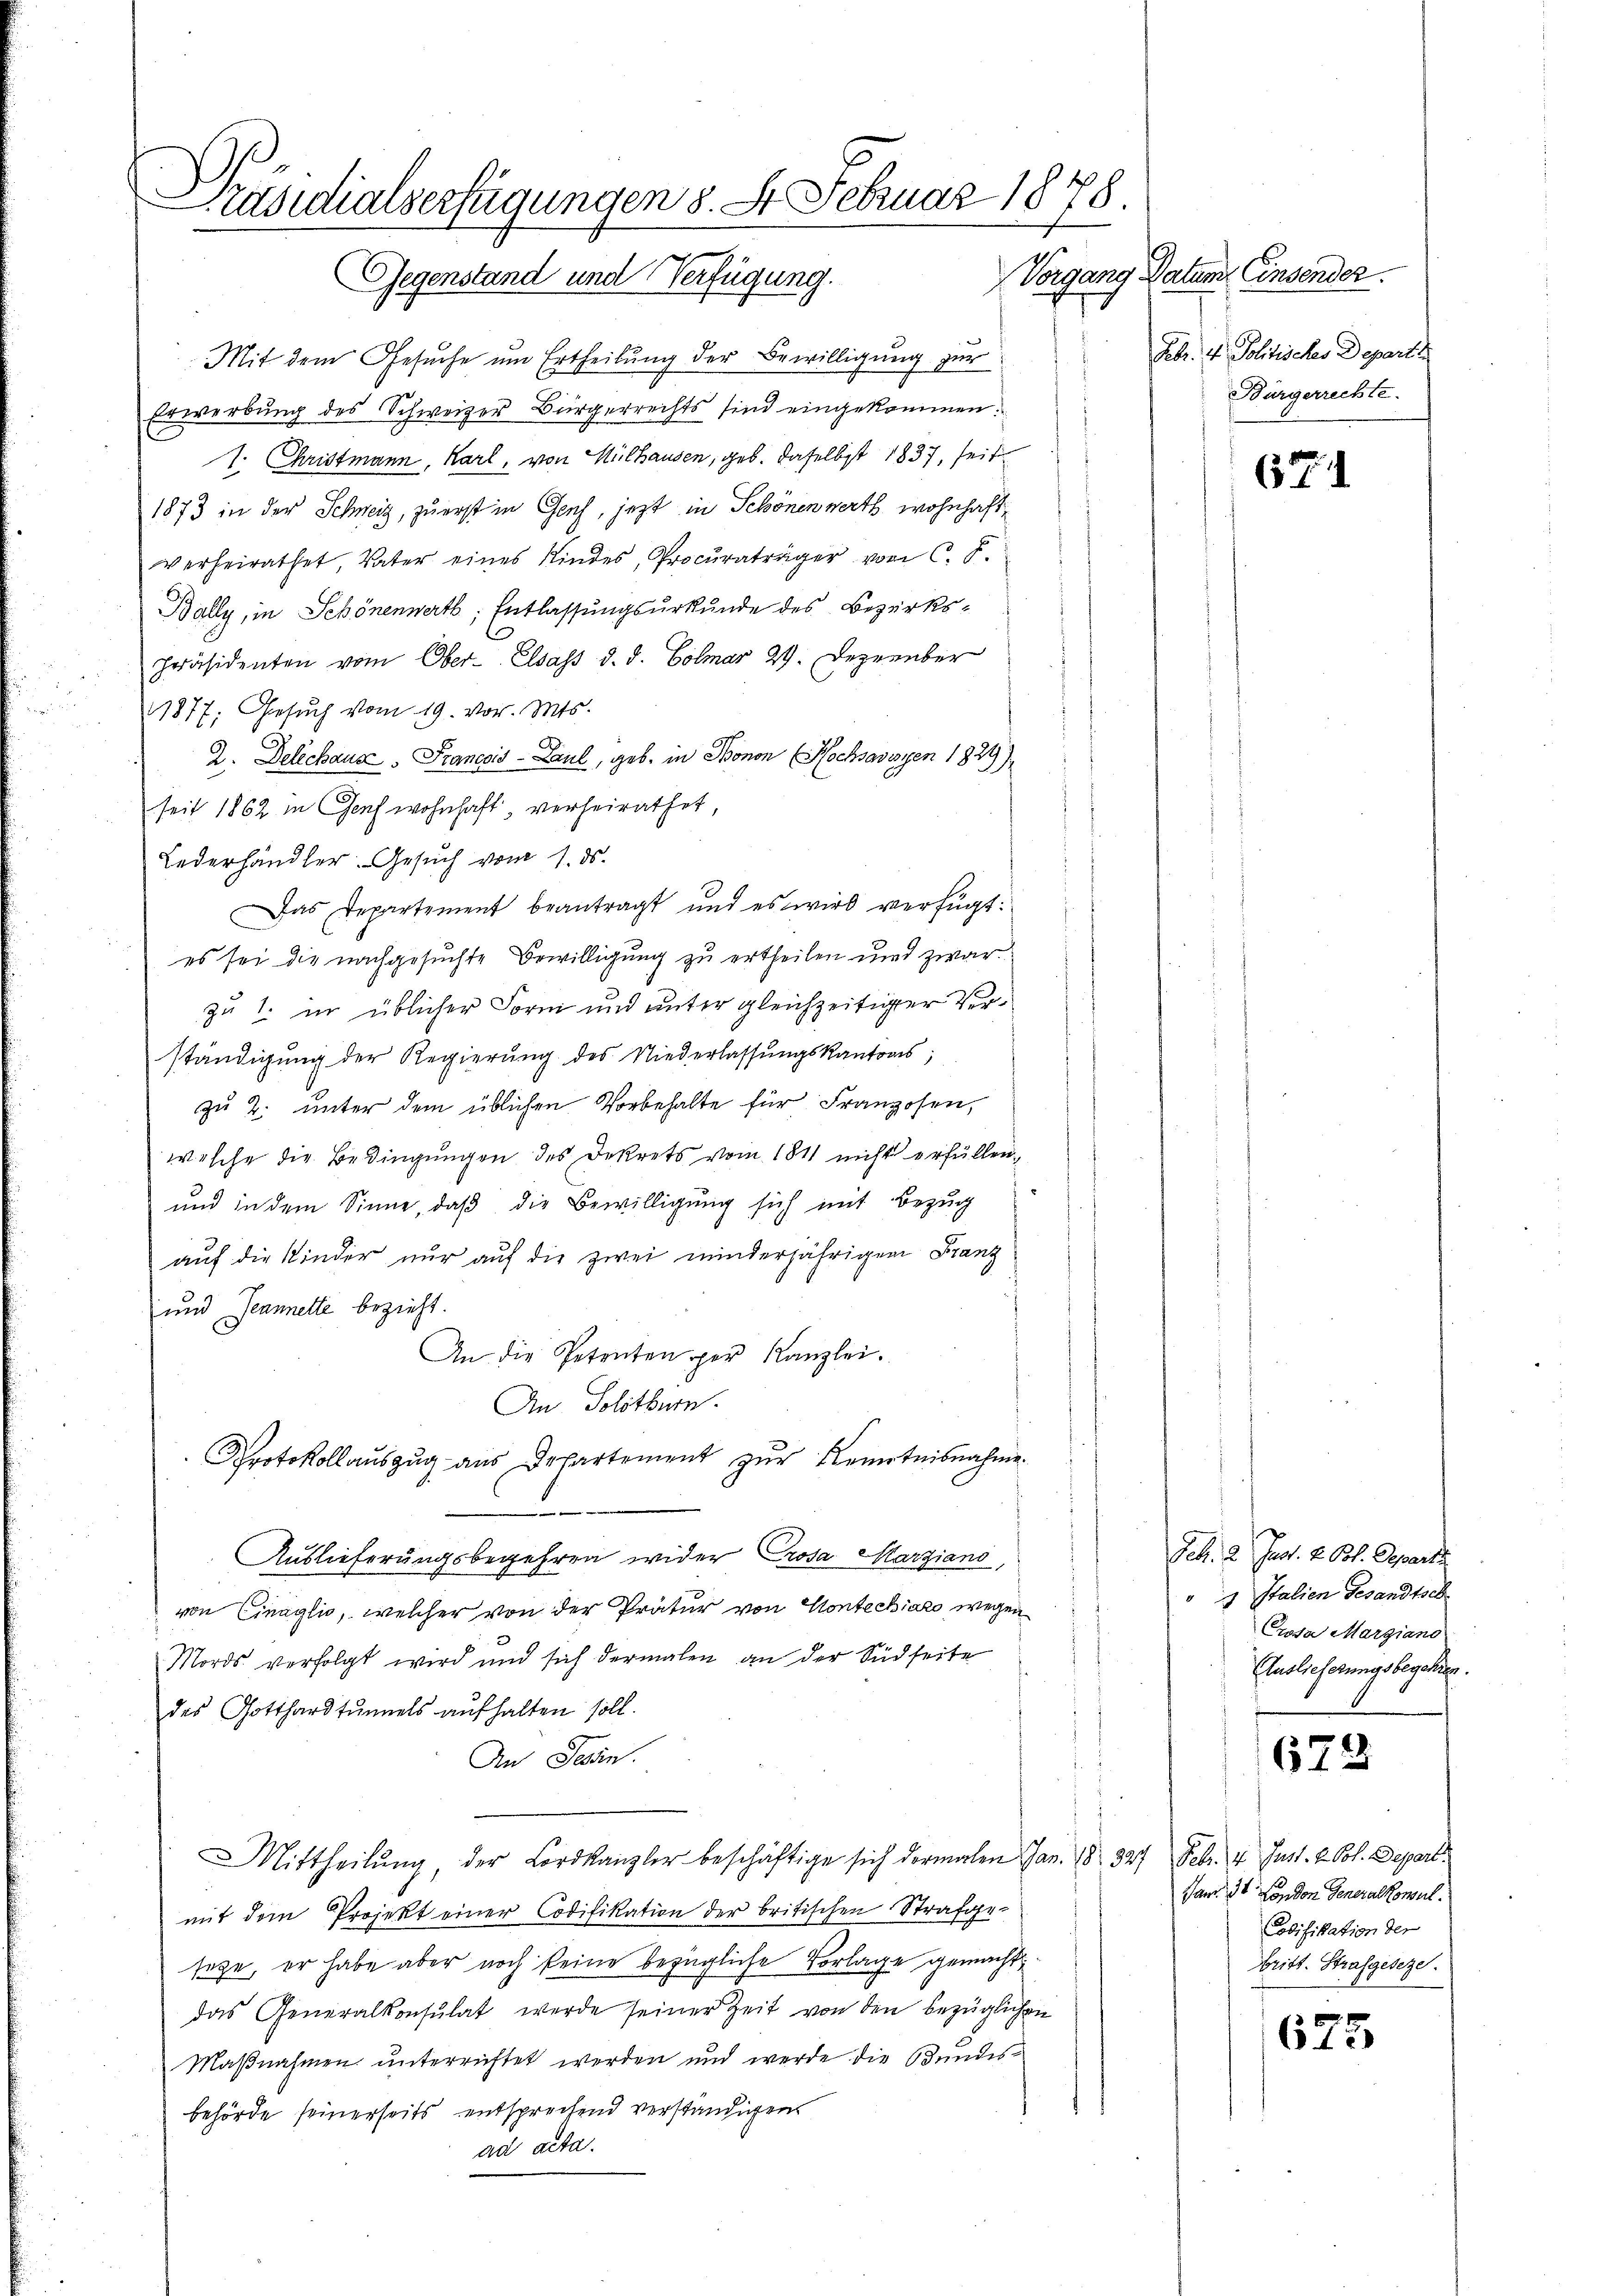
Präsidialserfügungen d. St. Februar 1878.
Gegenstand und Verfügung. Vorgang Datum Einsender.

Mit dem Gesuche um Ertheilung der Bewilligung zur
Erwerbung des Schweizer Bürgerrechts sind eingekommen.
1. Christmann, Karl, von Mülhausen, geb. daselbst 1837, seit
1873 in der Schweiz, zu erst in Genf, jezt in Schönen werth wohnhaft
verheirathet, Vater eines Kindes, Procuraträger von C. F.
Bally, in Schönenwerts, Entlassungsurkunde des Bezirkspräsidenten vom Ober- Elsass d. d. Colmar 29. Dezember
1877; Gesuch vom 19. vor. Mts.
Z. Delichaus   Francois-Laul, geb. in Bonon Hochsavoyen 1829)
seit 1862 in Genf wohnhaft, verheirathet,
Lederhändler. Gesuch vom 1. ds.
Das Departement beantragt und es wird verfügt:
es sei die nachgesuchte Bewilligung zu ertheilen und zwar
zu 1. in üblicher Form und unter gleichzeitiger Verständigung der Regierung des Niederlassungskantons;
zŭ 2. unter dem üblichen Vorbehalte für Franzosen,
welche die Bedingungen des Dekrets vom 1811 nicht erfüllen,
und in dem Sinne, daß die Bewilligung sich mit Bezug
auf die Kinder nur auf die zwei minderjährigen Franz
und Jeannette bezieht.
An die Petenten per Kanzlei.
An Solothurn.
Protokollaŭszŭg aŭs Departement zŭr Kenntnisnahme.
e
Auslieferungsbegehren wider Prosa Marziano,
von Cinaglio, welcher von der Prätur von Kontechiato wegen
Mords verfolgt wird und sich dermalen an der Südseite
des Gotthardtunnels aufhalten soll.
An Tessin.
Mittheilŭng, der Lordkanzler beschäftige sich dermalen Jan. 18. 327 Febr. 4. Just. v. Col. Depart.
mit dem Projekt einer Codifikation der britischen Strafgesage, er habe aber noch keine bezügliche Vorlage gemacht
das Generalkonsulat werde seiner Zeit von den bezüglichen
Maßnahmen unterrichtet werden und werde die Bundes-
behörde seinerseits entsprechend verständigens
ad acta.

Febr. v. Politisches Departe
Bürgerrechte.

671

Geb. 2 Gast. v. Ost. Departi
g Italien Gesandtsch
Crosa Margiano
Auslieferungsbegehren.

673

Jan. 34. London Generalkonsul
Codifikation der
britt. Strafgeseze.

675